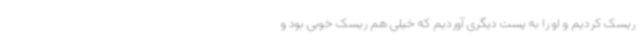
ریسک کردیم و او را به پست دیگری آوردیم که خیلی هم ریسک خوبی بود و